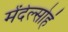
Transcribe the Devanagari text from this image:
मेंदेल्सोहं